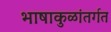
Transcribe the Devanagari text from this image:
भाषाकुळांतर्गत